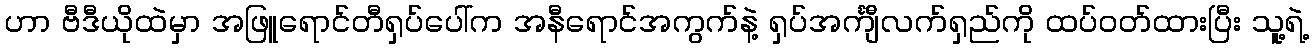
ဟာ ဗီဒီယိုထဲမှာ အဖြူရောင်တီရှပ်ပေါ်က အနီရောင်အကွက်နဲ့ ရှပ်အင်္ကျီလက်ရှည်ကို ထပ်ဝတ်ထားပြီး သူ့ရဲ့